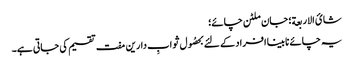
شائ الاربعة؛ جان ملٹن چائے؛
یہ چائے نابینا افراد کے لئے بحصُول ثوابِ دارین مفت تقسیم کی جاتی ہے۔